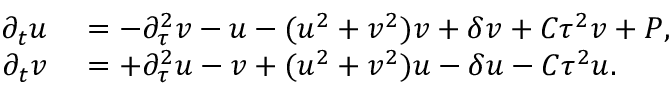
\begin{array} { r l } { \partial _ { t } u } & { { } = - \partial _ { \tau } ^ { 2 } v - u - ( u ^ { 2 } + v ^ { 2 } ) v + \delta v + C \tau ^ { 2 } v + P , } \\ { \partial _ { t } v } & { { } = + \partial _ { \tau } ^ { 2 } u - v + ( u ^ { 2 } + v ^ { 2 } ) u - \delta u - C \tau ^ { 2 } u . } \end{array}